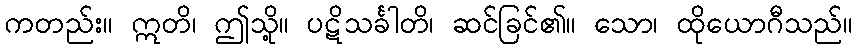
ကတည်း။ ဣတိ၊ ဤသို့။ ပဋိသင်္ခါတိ၊ ဆင်ခြင်၏။ သော၊ ထိုယောဂီသည်။